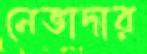
নেভাদার